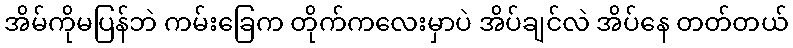
အိမ်ကိုမပြန်ဘဲ ကမ်းခြေက တိုက်ကလေးမှာပဲ အိပ်ချင်လဲ အိပ်နေ တတ်တယ်